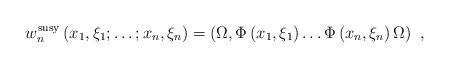
LaTeX: \begin{align*}w_n^{\rm susy}\left(x_1,\xi_1;\ldots;x_n,\xi_n\right) =\left(\Omega,\Phi \left(x_1,\xi_1\right) \ldots \Phi \left(x_n,\xi_n\right) \Omega\right)\,\,, \end{align*}